Lunatic asylums Central Provinces reports 1886-1894 - 1886-1894
Year: 1886
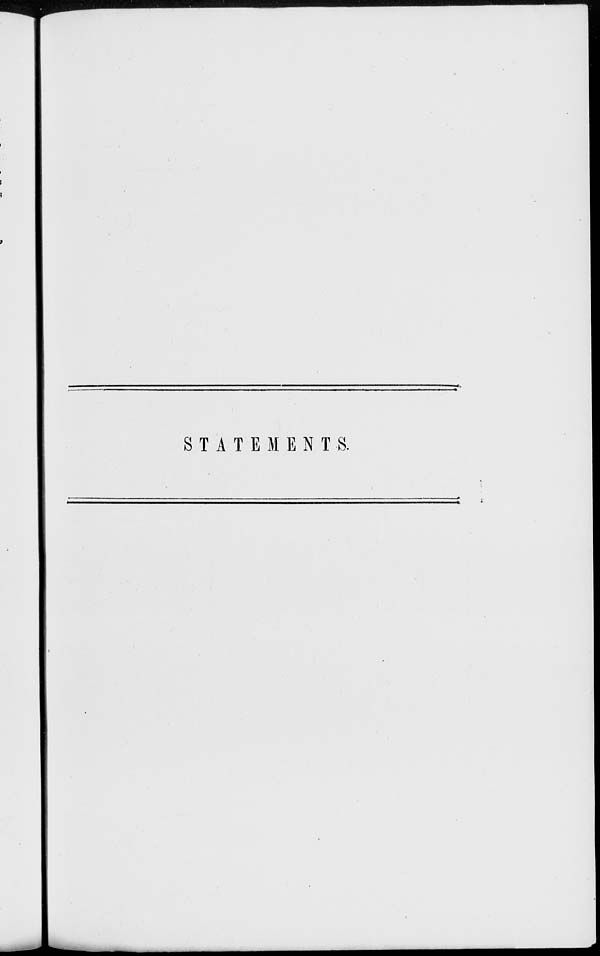
STATEMENTS.